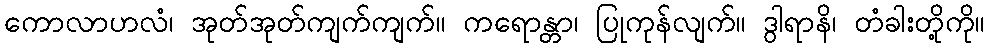
ကောလာဟလံ၊ အုတ်အုတ်ကျက်ကျက်။ ကရောန္တာ၊ ပြုကုန်လျက်။ ဒွါရာနိ၊ တံခါးတို့ကို။